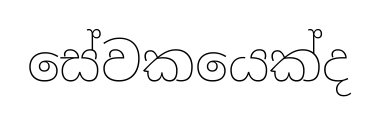
සේවකයෙක්ද